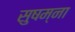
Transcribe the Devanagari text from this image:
सुषम्ना